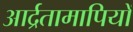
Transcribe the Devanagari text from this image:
आर्द्रतामापियों